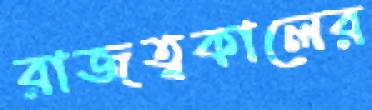
রাজত্বকালের